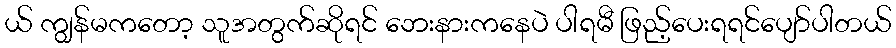
ယ် ကျွန်မကတော့ သူအတွက်ဆိုရင် ဘေးနားကနေပဲ ပါရမီ ဖြည့်ပေးရရင်ပျော်ပါတယ်